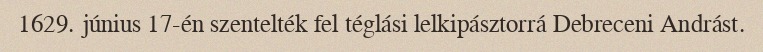
1629. június 17-én szentelték fel téglási lelkipásztorrá Debreceni Andrást.